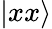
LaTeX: |xx\rangle